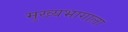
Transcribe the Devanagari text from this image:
मुख्यभागाला